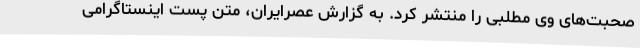
صحبت‌های وی مطلبی را منتشر کرد. به گزارش عصرایران، متن پست اینستاگرامی